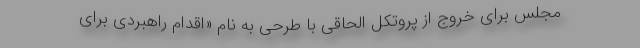
مجلس برای خروج از پروتکل الحاقی با طرحی به نام «اقدام راهبردی برای